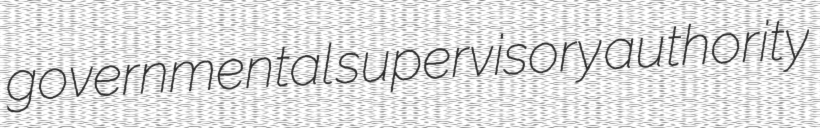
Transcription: governmental supervisory authority